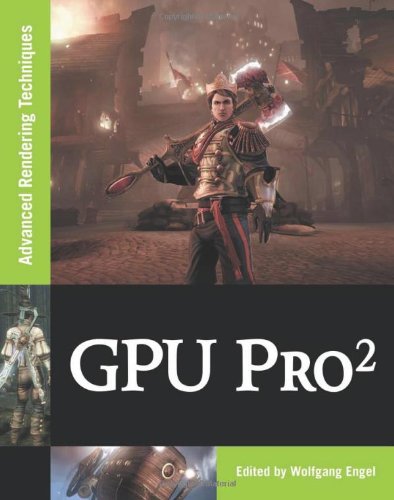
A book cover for GPU Pro 2; Computers & Technology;